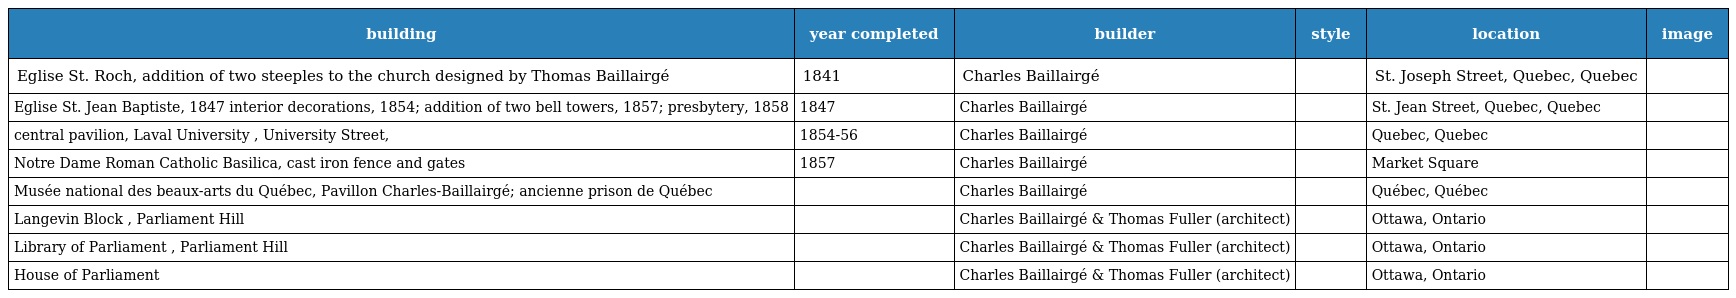
| building | year completed | builder | style | location | image |
 | --- | --- | --- | --- | --- | --- |
 | Eglise St. Roch, addition of two steeples to the church designed by Thomas Baillairgé | 1841 | Charles Baillairgé |  | St. Joseph Street, Quebec, Quebec |  |
 | Eglise St. Jean Baptiste, 1847 interior decorations, 1854; addition of two bell towers, 1857; presbytery, 1858 | 1847 | Charles Baillairgé |  | St. Jean Street, Quebec, Quebec |  |
 | central pavilion, Laval University , University Street, | 1854-56 | Charles Baillairgé |  | Quebec, Quebec |  |
 | Notre Dame Roman Catholic Basilica, cast iron fence and gates | 1857 | Charles Baillairgé |  | Market Square |  |
 | Musée national des beaux-arts du Québec, Pavillon Charles-Baillairgé; ancienne prison de Québec |  | Charles Baillairgé |  | Québec, Québec |  |
 | Langevin Block , Parliament Hill |  | Charles Baillairgé & Thomas Fuller (architect) |  | Ottawa, Ontario |  |
 | Library of Parliament , Parliament Hill |  | Charles Baillairgé & Thomas Fuller (architect) |  | Ottawa, Ontario |  |
 | House of Parliament |  | Charles Baillairgé & Thomas Fuller (architect) |  | Ottawa, Ontario |  |